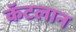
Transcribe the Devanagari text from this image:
कॅटलान